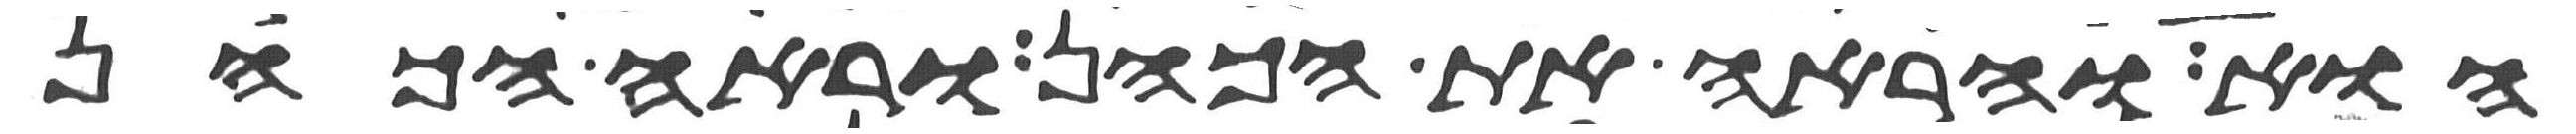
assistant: הוא והראה את הכהן וראה הכהן